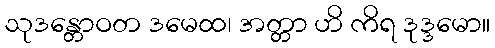
သုဒန္တောဝတ ဒမေထ၊ အတ္တာ ဟိ ကိရ ဒုဒ္ဒမော။